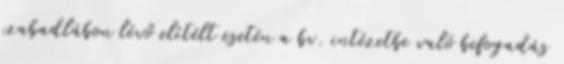
szabadlábon lévő elítélt esetén a bv. intézetbe való befogadás